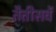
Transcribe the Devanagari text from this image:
तैतीसवें